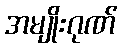
အမျိုးဂုဏ်